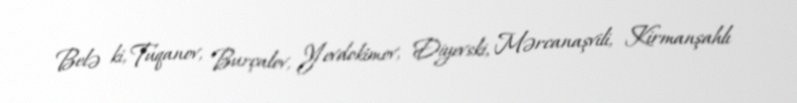
Belə ki, Tuqanov, Burçalov, Yevdokimov, Diyevski, Mərcanaşvili, Kirmanşahlı